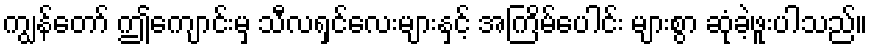
ကျွန်တော် ဤကျောင်းမှ သီလရှင်လေးများနှင့် အကြိမ်ပေါင်း များစွာ ဆုံခဲ့ဖူးပါသည်။